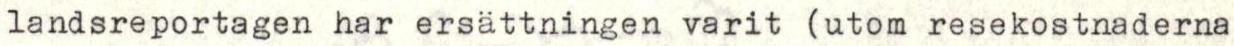
landsreportagen har ersättningen varit (utom resekostnaderna